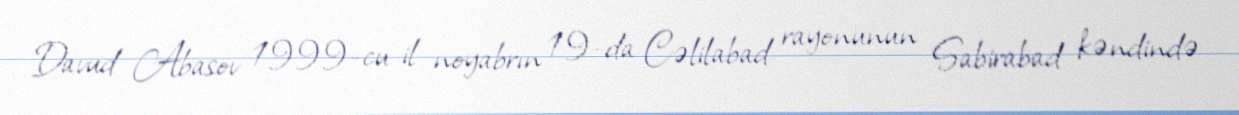
Davud Abasov 1999-cu il noyabrın 19-da Cəlilabad rayonunun Sabirabad kəndində